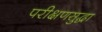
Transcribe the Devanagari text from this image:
परीक्षणसुद्धा